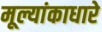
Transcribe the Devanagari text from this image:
मूल्यांकाधारे